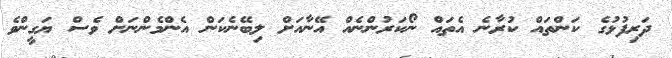
ދަރިފުޅުގެ ކަންތައް ކުރާނެ އެތައް ނޯކަރުންނެއް އޭނާއަށް ލިބޭނެކަން އެންމެންނަށް ވެސް ޔަގީންވެ